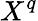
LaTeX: X^{q}